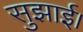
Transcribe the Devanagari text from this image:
सुझाई।